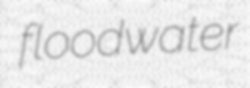
floodwater